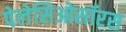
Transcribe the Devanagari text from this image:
पेलेसिओसॉरस